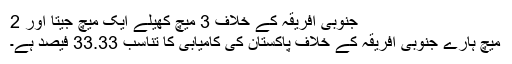
جنوبی افریقہ کے خلاف 3 میچ کھیلے ایک میچ جیتا اور 2
میچ ہارے جنوبی افریقہ کے خلاف پاکستان کی کامیابی کا تناسب 33.33 فیصد ہے۔